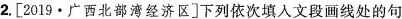
2.[2019·广西北部湾经济区]下列依次填入文段画线处的句